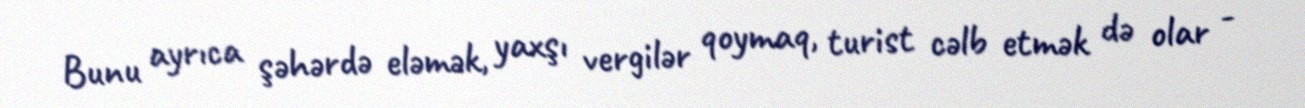
Bunu ayrıca şəhərdə eləmək, yaxşı vergilər qoymaq, turist cəlb etmək də olar -